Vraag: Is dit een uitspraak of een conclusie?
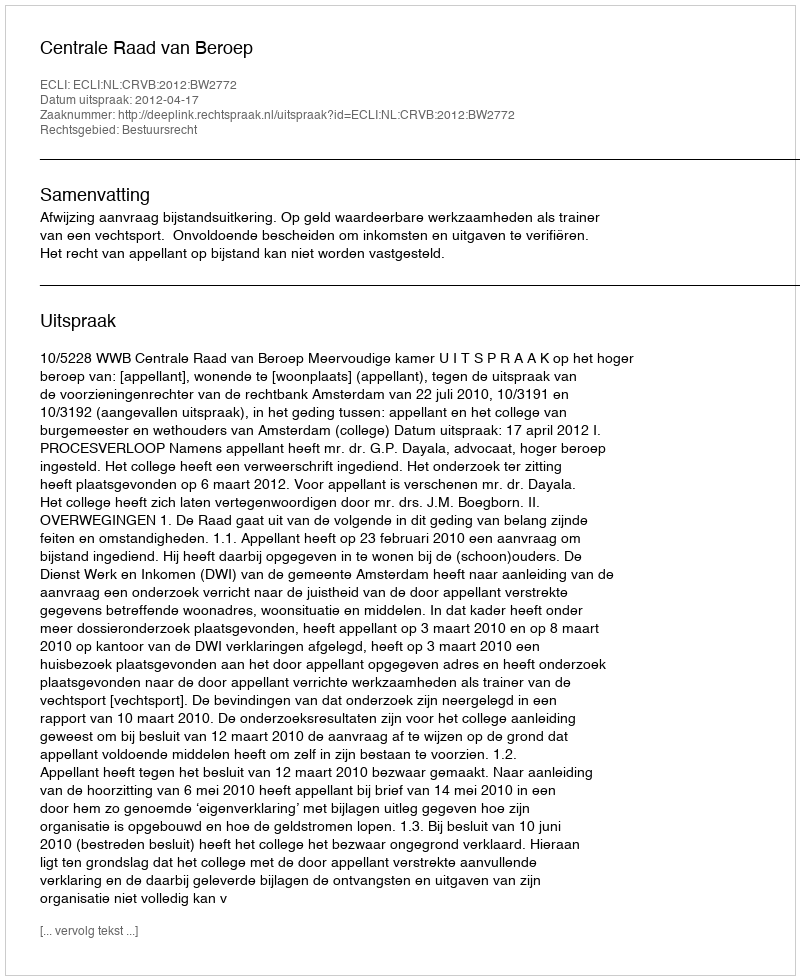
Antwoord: Uitspraak